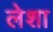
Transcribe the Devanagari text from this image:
लेशा